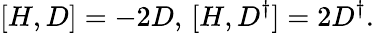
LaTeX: [H,D]=-2D,\thinspace[H,D^{\dagger}]=2D^{\dagger}.